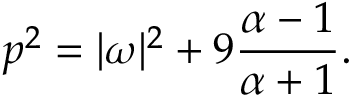
p ^ { 2 } = | \omega | ^ { 2 } + 9 { \frac { \alpha - 1 } { \alpha + 1 } } .